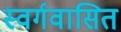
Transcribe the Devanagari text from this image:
स्वर्गवासित